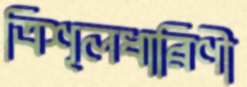
ত্রিশূলধারিণী